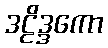
ဒဠိဒ္ဒကော